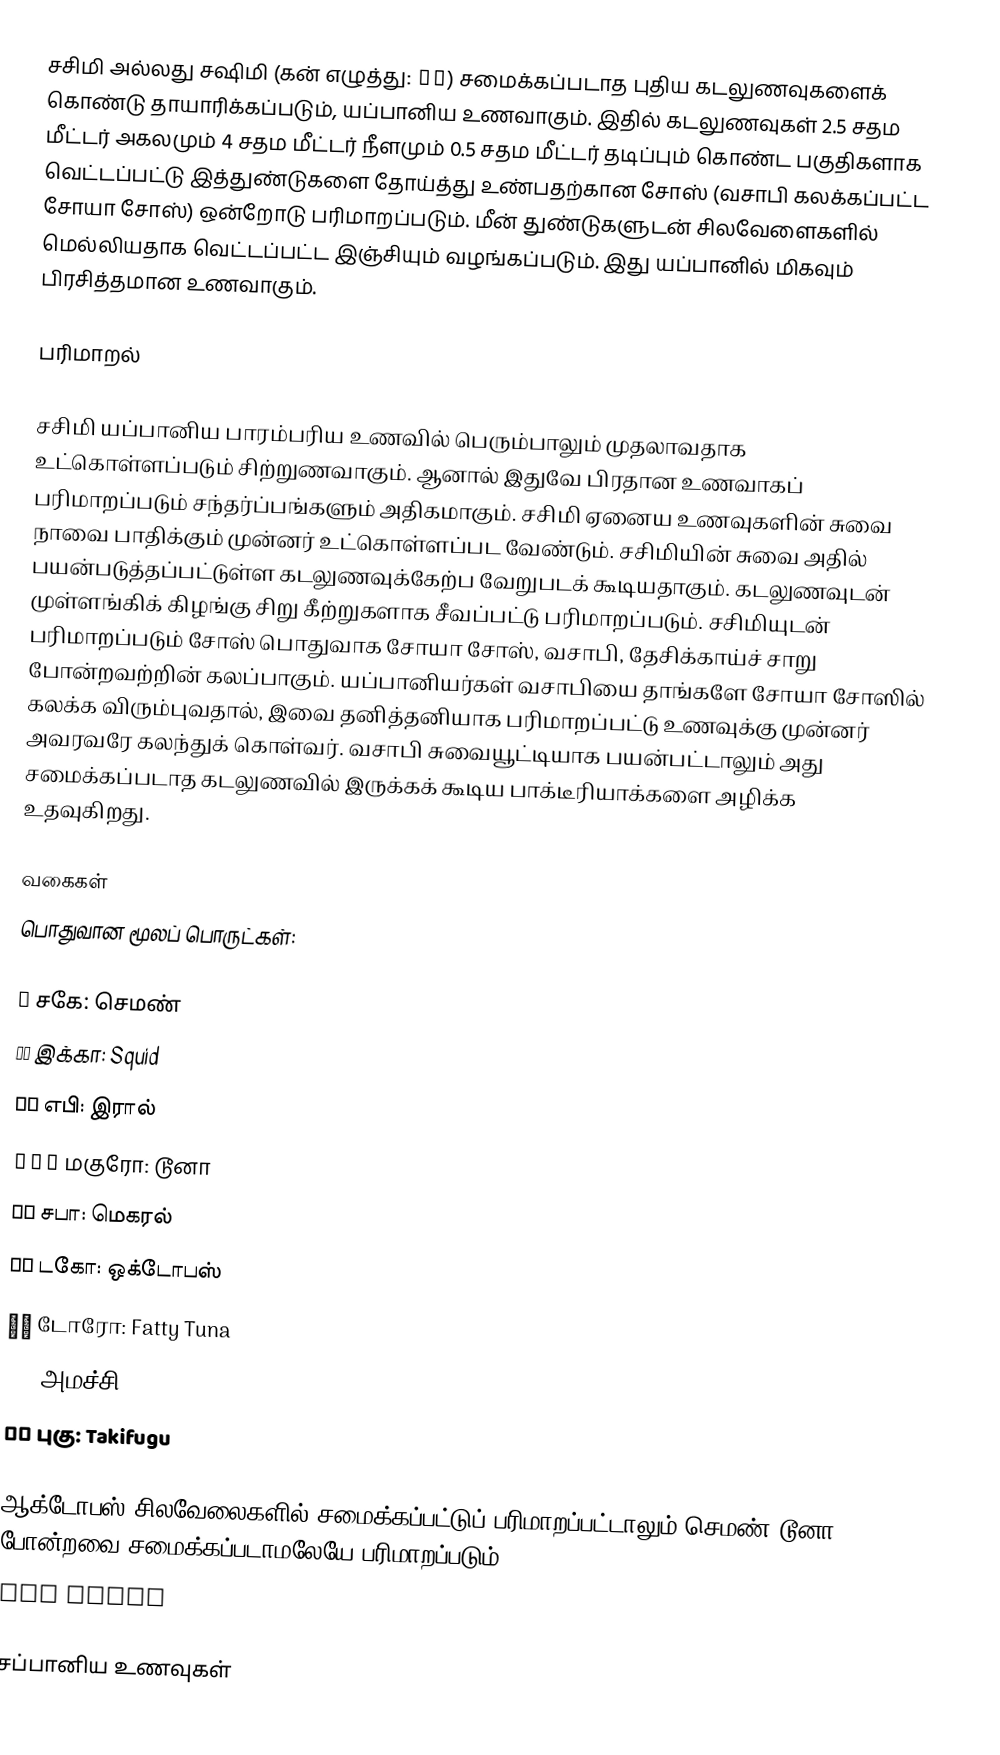
சசிமி அல்லது சஷிமி (கன் எழுத்து: 刺身) சமைக்கப்படாத புதிய கடலுணவுகளைக் கொண்டு தாயாரிக்கப்படும், யப்பானிய உணவாகும். இதில் கடலுணவுகள் 2.5 சதம மீட்டர் அகலமும் 4 சதம மீட்டர் நீளமும் 0.5 சதம மீட்டர் தடிப்பும் கொண்ட பகுதிகளாக வெட்டப்பட்டு இத்துண்டுகளை தோய்த்து உண்பதற்கான சோஸ் (வசாபி கலக்கப்பட்ட சோயா சோஸ்) ஒன்றோடு பரிமாறப்படும். மீன் துண்டுகளுடன் சிலவேளைகளில் மெல்லியதாக வெட்டப்பட்ட இஞ்சியும் வழங்கப்படும். இது யப்பானில் மிகவும் பிரசித்தமான உணவாகும்.

பரிமாறல்

சசிமி யப்பானிய பாரம்பரிய உணவில் பெரும்பாலும் முதலாவதாக உட்கொள்ளப்படும் சிற்றுணவாகும். ஆனால் இதுவே பிரதான உணவாகப் பரிமாறப்படும் சந்தர்ப்பங்களும் அதிகமாகும். சசிமி ஏனைய உணவுகளின் சுவை நாவை பாதிக்கும் முன்னர் உட்கொள்ளப்பட வேண்டும். சசிமியின் சுவை அதில் பயன்படுத்தப்பட்டுள்ள கடலுணவுக்கேற்ப வேறுபடக் கூடியதாகும். கடலுணவுடன் முள்ளங்கிக் கிழங்கு சிறு கீற்றுகளாக சீவப்பட்டு பரிமாறப்படும். சசிமியுடன் பரிமாறப்படும் சோஸ் பொதுவாக சோயா சோஸ், வசாபி, தேசிக்காய்ச் சாறு போன்றவற்றின் கலப்பாகும். யப்பானியர்கள் வசாபியை தாங்களே சோயா சோஸில் கலக்க விரும்புவதால், இவை தனித்தனியாக பரிமாறப்பட்டு உணவுக்கு முன்னர் அவரவரே கலந்துக் கொள்வர். வசாபி சுவையூட்டியாக பயன்பட்டாலும் அது சமைக்கப்படாத கடலுணவில் இருக்கக் கூடிய பாக்டீரியாக்களை அழிக்க உதவுகிறது.

வகைகள்
பொதுவான மூலப் பொருட்கள்:

 鮭 சகே: செமண்
 いか இக்கா: Squid
 えび எபி: இரால்
 まぐろ மகுரோ: டூனா
 さば சபா: மெகரல்
 たこ டகோ: ஒக்டோபஸ்
 とろ டோரோ: Fatty Tuna
 はまち அமச்சி: Yellowtail
 ふぐ புகு: Takifugu

ஆக்டோபஸ் சிலவேலைகளில் சமைக்கப்பட்டுப் பரிமாறப்பட்டாலும் செமண் டூனா போன்றவை சமைக்கப்படாமலேயே பரிமாறப்படும்.
 The Sushi

சப்பானிய உணவுகள்